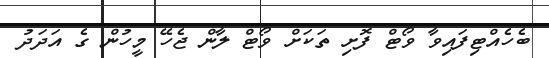
ބެހެއްޓިފައިވާ ވޯޓް ފޮށި ތަކަށް ވޯޓް ލާން ޖެހޭ މީހުން ގެ އަދަދު